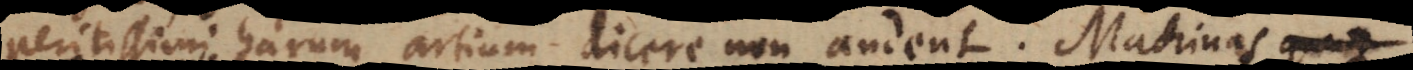
peritissimi harum artium dicere non audent. Machinas